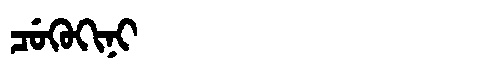
Manchu: ᠴᡠᡴᡠᡴᡳᠨᡳ
Romanization: CUKUKINI